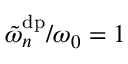
\tilde { \omega } _ { n } ^ { \mathrm { d p } } / \omega _ { 0 } = 1